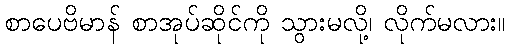
စာပေဗိမာန် စာအုပ်ဆိုင်ကို သွားမလို့၊ လိုက်မလား။